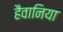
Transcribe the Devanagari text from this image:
हैवानिया